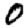
Digit: 0